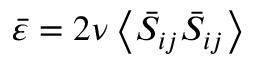
\bar { \varepsilon } = 2 \nu \left\langle { { \bar { S } } _ { i j } } { { \bar { S } } _ { i j } } \right\rangle